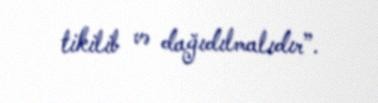
tikilib və dağıdılmalıdır”.